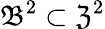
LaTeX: \mathfrak{B}^{2}\subset\mathfrak{Z}^{2}